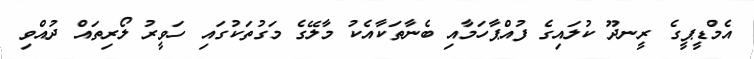
އެމްޑީޕީގެ ރީނދޫ ކުލައިގެ ފުއްޕާހަމާއި ބެނާތަކާއެކު މާލޭގެ މަގުތަކުގައި ހަވީރު ލޯރިތައް ދުއްވި